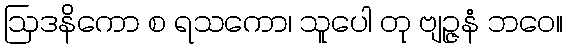
ဩဒနိကော စ ရသကော၊ သူပေါ တု ဗျဉ္ဇနံ ဘဝေ။